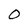
Character: O